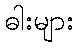
ဓါးများ